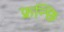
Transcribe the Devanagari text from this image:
फ्रन्छि